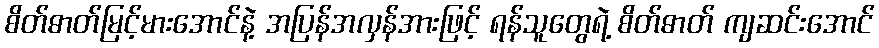
စိတ်ဓာတ်မြင့်မားအောင်နဲ့ အပြန်အလှန်အားဖြင့် ရန်သူတွေရဲ့ စိတ်ဓာတ် ကျဆင်းအောင်